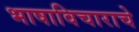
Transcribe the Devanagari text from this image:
भाषाविचाराचे